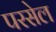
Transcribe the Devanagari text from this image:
परसेल